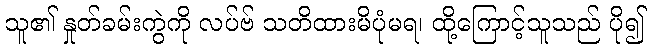
သူ၏ နှုတ်ခမ်းကွဲကို လပ်ဗ် သတိထားမိပုံမရ၊ ထို့ကြောင့်သူသည် ပို၍